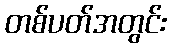
တစ်ပတ်အတွင်း